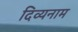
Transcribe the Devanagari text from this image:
दिव्यनाम